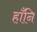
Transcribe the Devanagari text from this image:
हाँनि